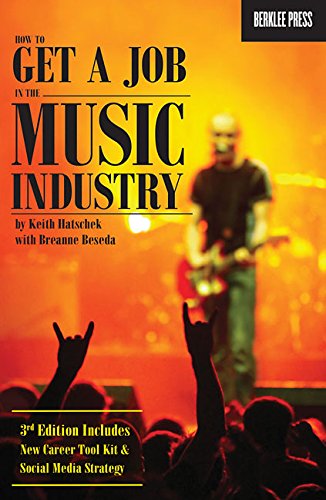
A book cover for How to Get a Job in the Music Industry 3rd Edition; Keith Hatschek; Arts & Photography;